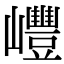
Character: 㠦